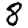
Digit: 8